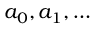
a _ { 0 } , a _ { 1 } , \dots